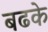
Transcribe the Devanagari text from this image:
बढके